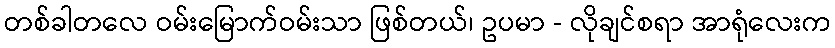
တစ်ခါတလေ ဝမ်းမြောက်ဝမ်းသာ ဖြစ်တယ်၊ ဥပမာ - လိုချင်စရာ အာရုံလေးက